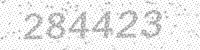
Solution: 284423